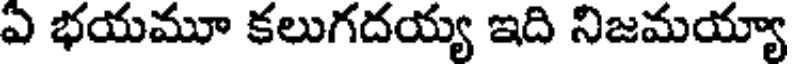
ఏ భయమూ కలుగదయ్య ఇది నిజమయ్యా